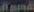
Rand